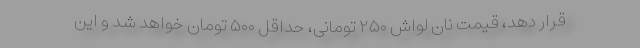
قرار دهد، قیمت نان لواش ۲۵۰ تومانی، حداقل ۵۰۰ تومان خواهد شد و این